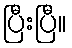
ပြီးပြီ။